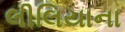
લીલિયાના